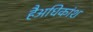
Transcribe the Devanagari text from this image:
हैअधिकांश